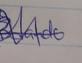
Signature authenticity: genuine